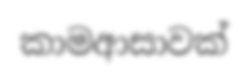
කාමආසාවක්